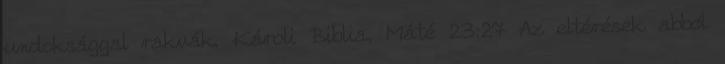
undoksággal rakvák. Károli Biblia, Máté 23:27 Az eltérések abból